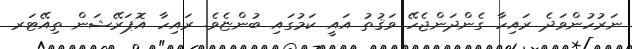
ނަރުހުންވަދެ ރައިހާ ގެންދަންޖެހޭ ވަޤުތު އައީ ކަމުގައި ބުންޏެވެ. ރައިހާ އޮޕަރޭޝަން ތިއޭޓަރ